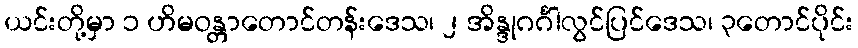
ယင်းတို့မှာ ၁ ဟိမဝန္တာတောင်တန်းဒေသ၊ ၂ အိန္ဒုဂင်္ဂါလွင်ပြင်ဒေသ၊ ၃တောင်ပိုင်း